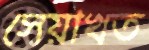
সেয়াখত